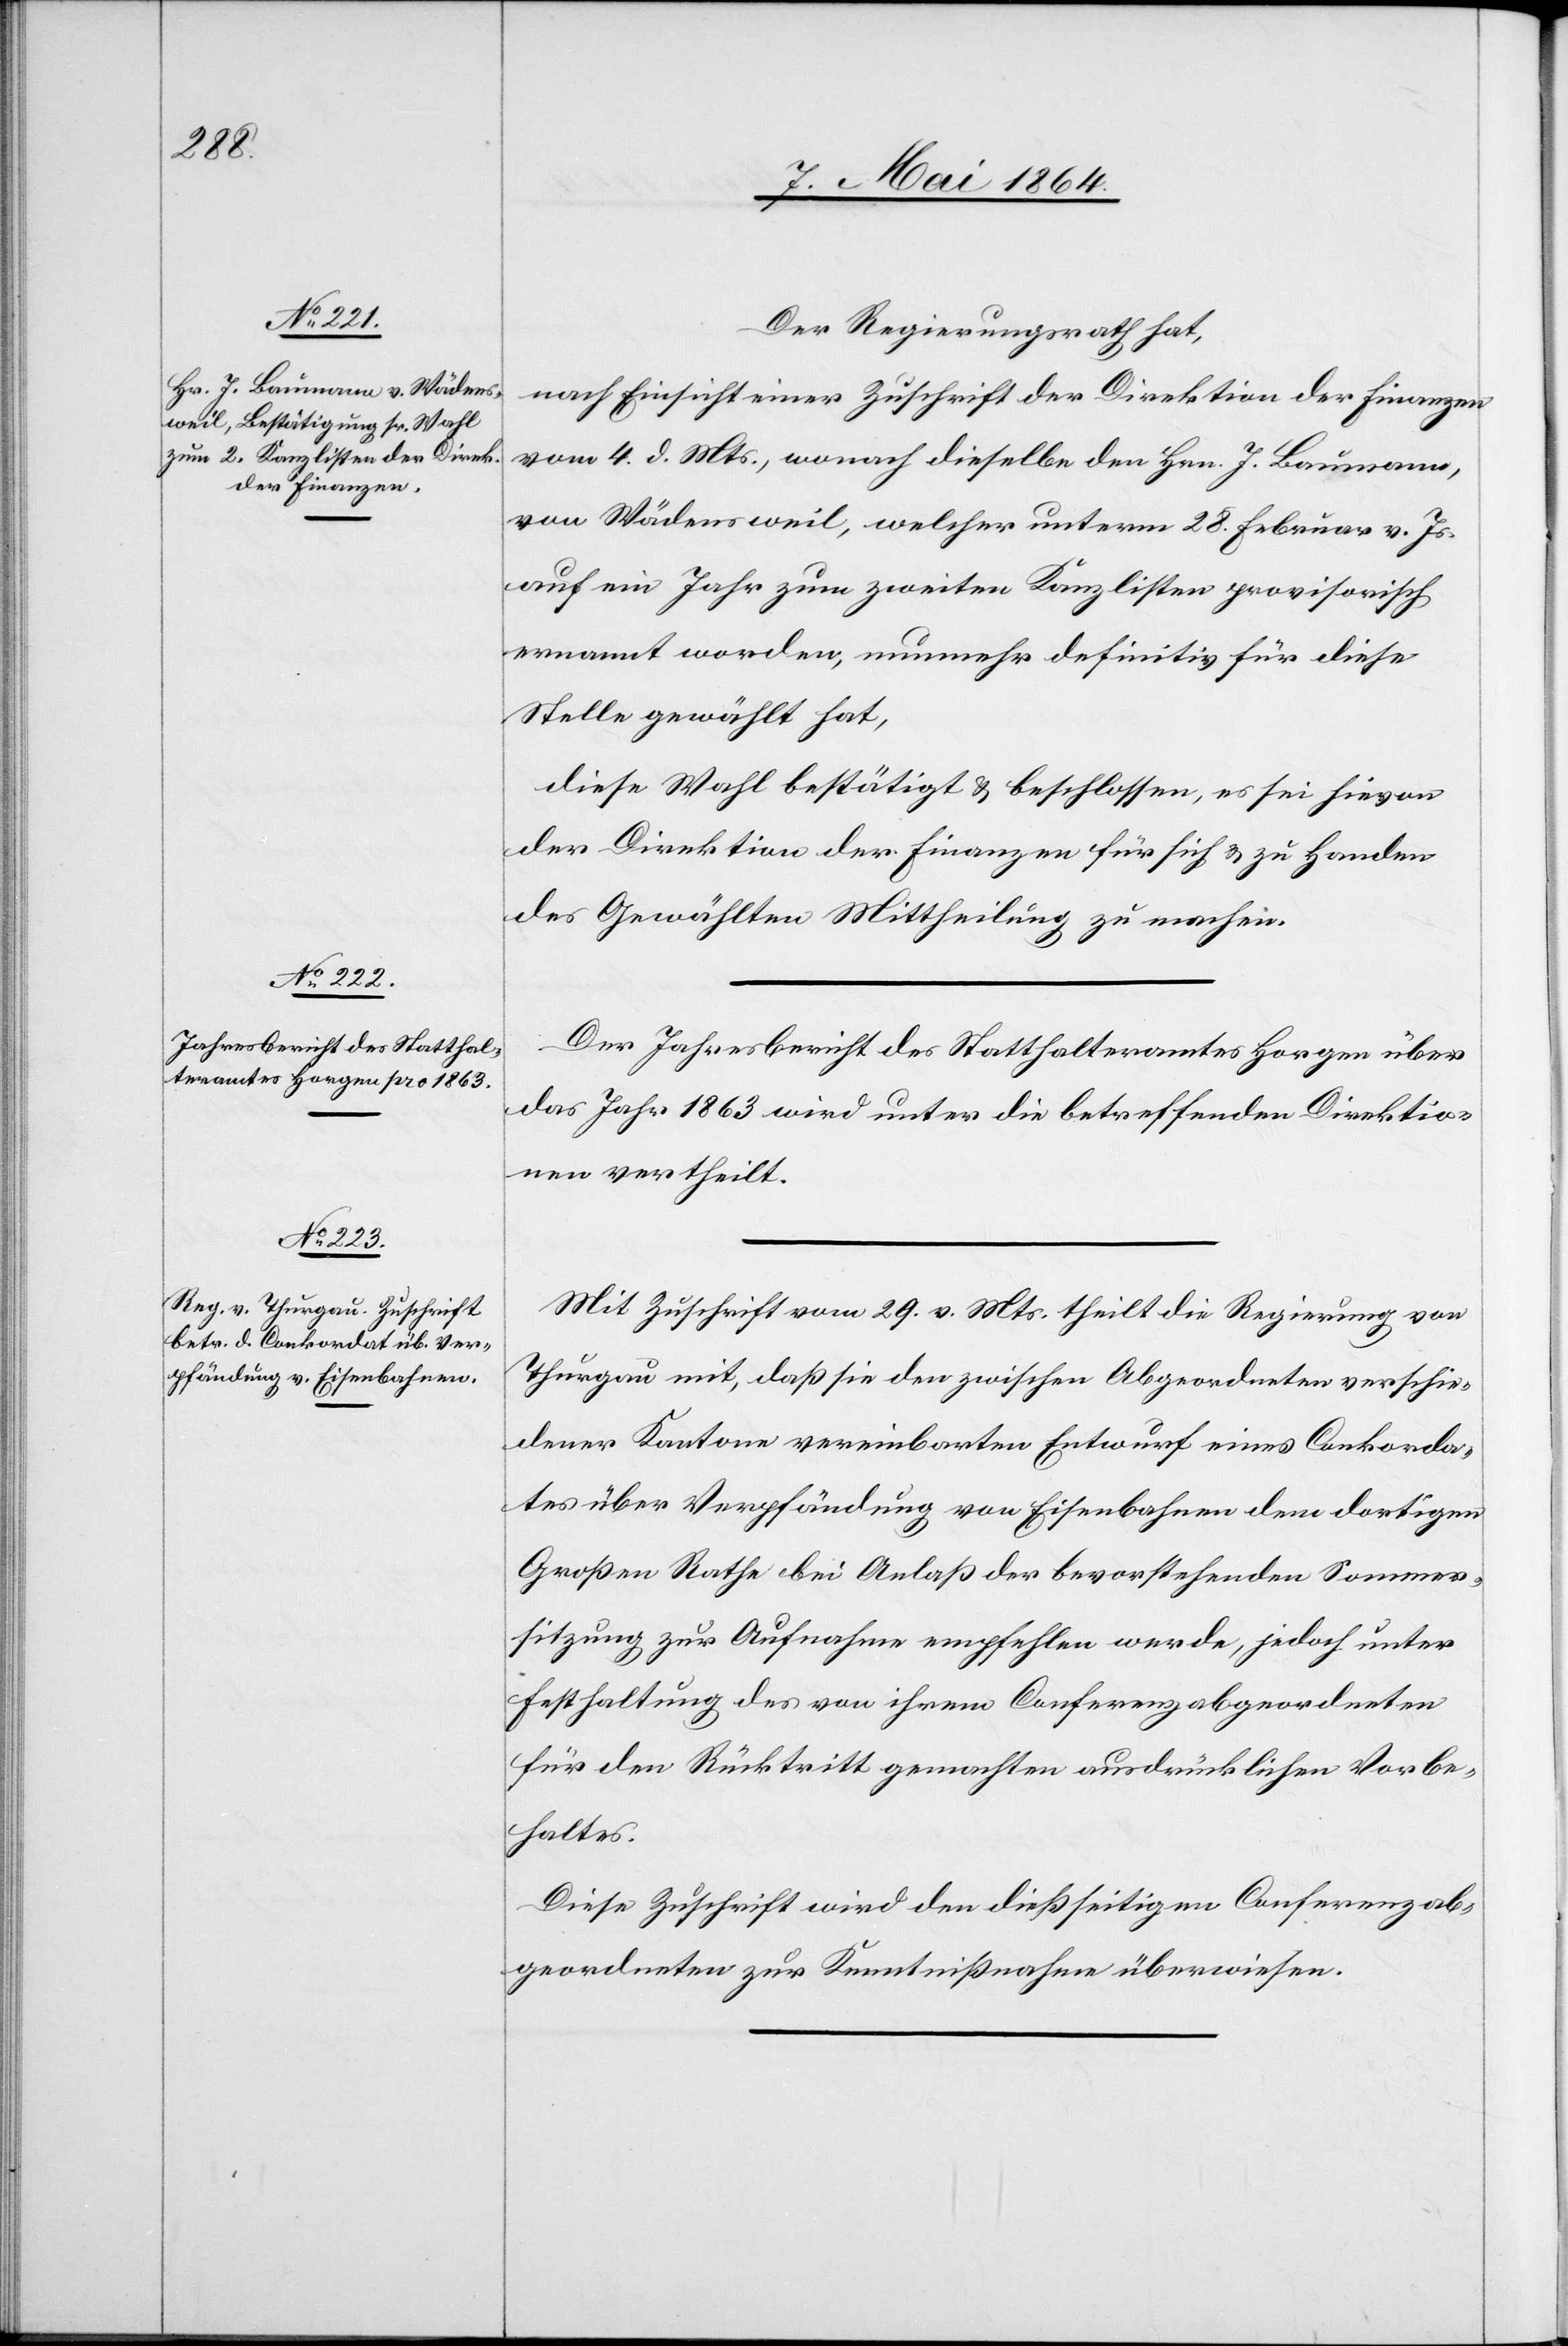
Der Regierungsrath hat,
nach Einsicht einer Zuschrift der Direktion der Finanzen
vom 4. d. Mts., wonach dieselbe den Hrn. J. Baumann,
von Wädensweil, welcher unterm 28. Februar v. Js.
auf ein Jahr zum zweiten Kanzlisten provisorisch
ernannt worden, nunmehr definitiv für diese
Stelle gewählt hat,
diese Wahl bestätigt u. beschlossen, es sei hievon
der Direktion der Finanzen für sich u. zu Handen
des Gewählten Mittheilung zu machen.
Der Jahresbericht des Statthalteramtes Horgen über
das Jahr 1863 wird unter die betreffenden Direktio¬
nen vertheilt.
Mit Zuschrift vom 29. v. Mts. theilt die Regierung von
Thurgau mit, daß sie den zwischen Abgeordneten verschie¬
dener Kantone vereinbarten Entwurf eines Conkorda¬
tes über Verpfändung von Eisenbahnen dem dortigen
Großen Rathe bei Anlaß der bevorstehenden Sommer¬
sitzung zur Aufnahme empfehlen werde, jedoch unter
Festhaltung des von ihrem Conferenzabgeordneten
für den Rücktritt gemachten ausdrücklichen Vorbe¬
haltes.
Diese Zuschrift wird den dießseitigen Conferenzab¬
geordneten zur Kenntnißnahme überwiesen.